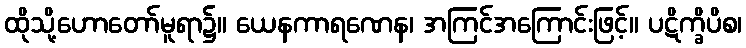
ထိုသို့ဟောတော်မူရာ၌။ ယေနကာရဏေန၊ အကြင်အကြောင်းဖြင့်။ ပဋိက္ခိပိစ၊